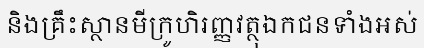
និងគ្រឹះស្ថានមីក្រូហិរញ្ញវត្ថុឯកជនទាំងអស់